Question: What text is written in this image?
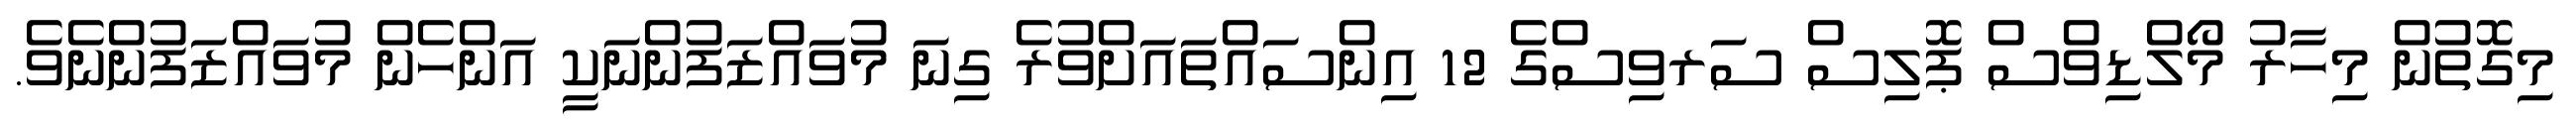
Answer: މިގޮތުން މިހާރު މޯލްޑިވްސް ޕޮލިސް ސަރވިސްގެ 12 އިންސައްތައަށްވުރެ ގިނަ މުވައްޒަފުންނަކީ އަންހެން މުވައްޒަފުންނެވެ.